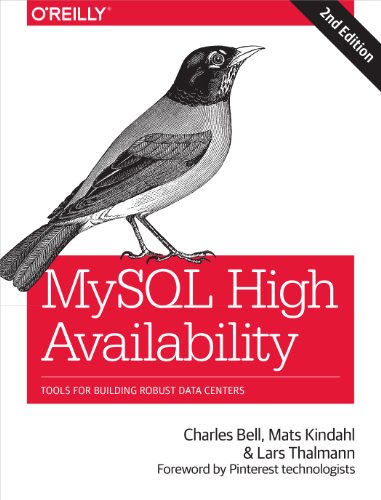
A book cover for MySQL High Availability: Tools for Building Robust Data Centers; Charles Bell; Computers & Technology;